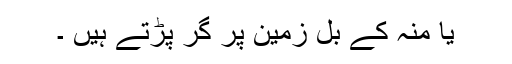
یا منہ کے بل زمین پر گر پڑتے ہیں ۔